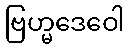
ဗြဟ္မဒေဝေါ